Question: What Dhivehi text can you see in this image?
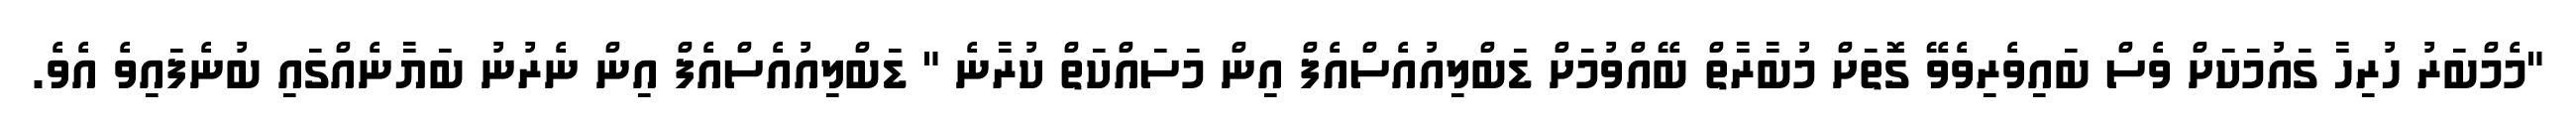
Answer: "މެމްބަރު ހުރިހާ ގައުމަކަށް ވެސް ބައިވެރިވެވޭ ގޮތަށް މުބާރާތް ބޭއްވުމަށް ޑަބްލިއުއެސްއެފް އިން މަސައްކަތް ކުރާނެ " ޑަބްލިއުއެސްއެފް އިން ނެރުނު ބަޔާނެއްގައި ބުނެފައިވެ އެވެ.